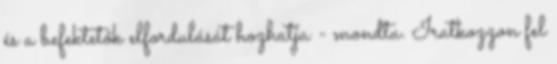
és a befektetők elfordulását hozhatja - mondta. Iratkozzon fel